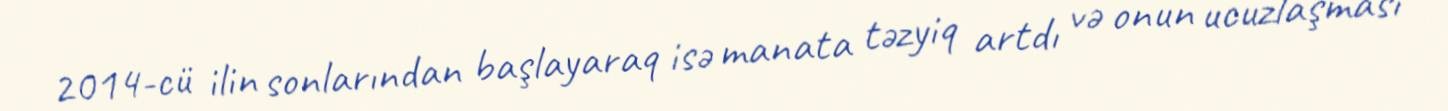
2014-cü ilin sonlarından başlayaraq isə manata təzyiq artdı və onun ucuzlaşması